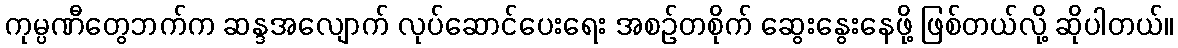
ကုမ္ပဏီတွေဘက်က ဆန္ဒအလျောက် လုပ်ဆောင်ပေးရေး အစဉ်တစိုက် ဆွေးနွေးနေဖို့ ဖြစ်တယ်လို့ ဆိုပါတယ်။